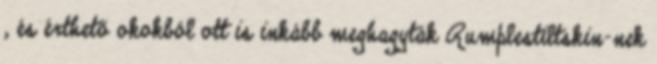
, és érthető okokból ott is inkább meghagyták Rumplestiltskin-nek